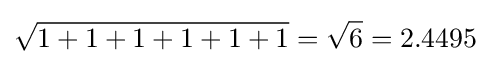
{\sqrt {1+1+1+1+1+1}}={\sqrt {6}}=2.4495